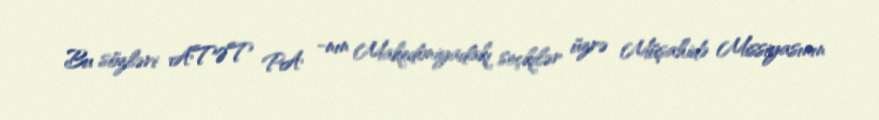
Bu sözləri ATƏT PA -nın Makedoniyadakı seçkilər üzrə Müşahidə Missiyasının